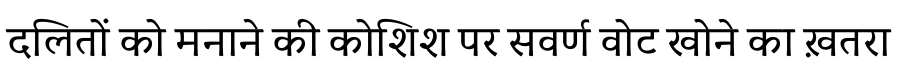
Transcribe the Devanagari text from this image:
दलितों को मनाने की कोशिश पर सवर्ण वोट खोने का ख़तरा